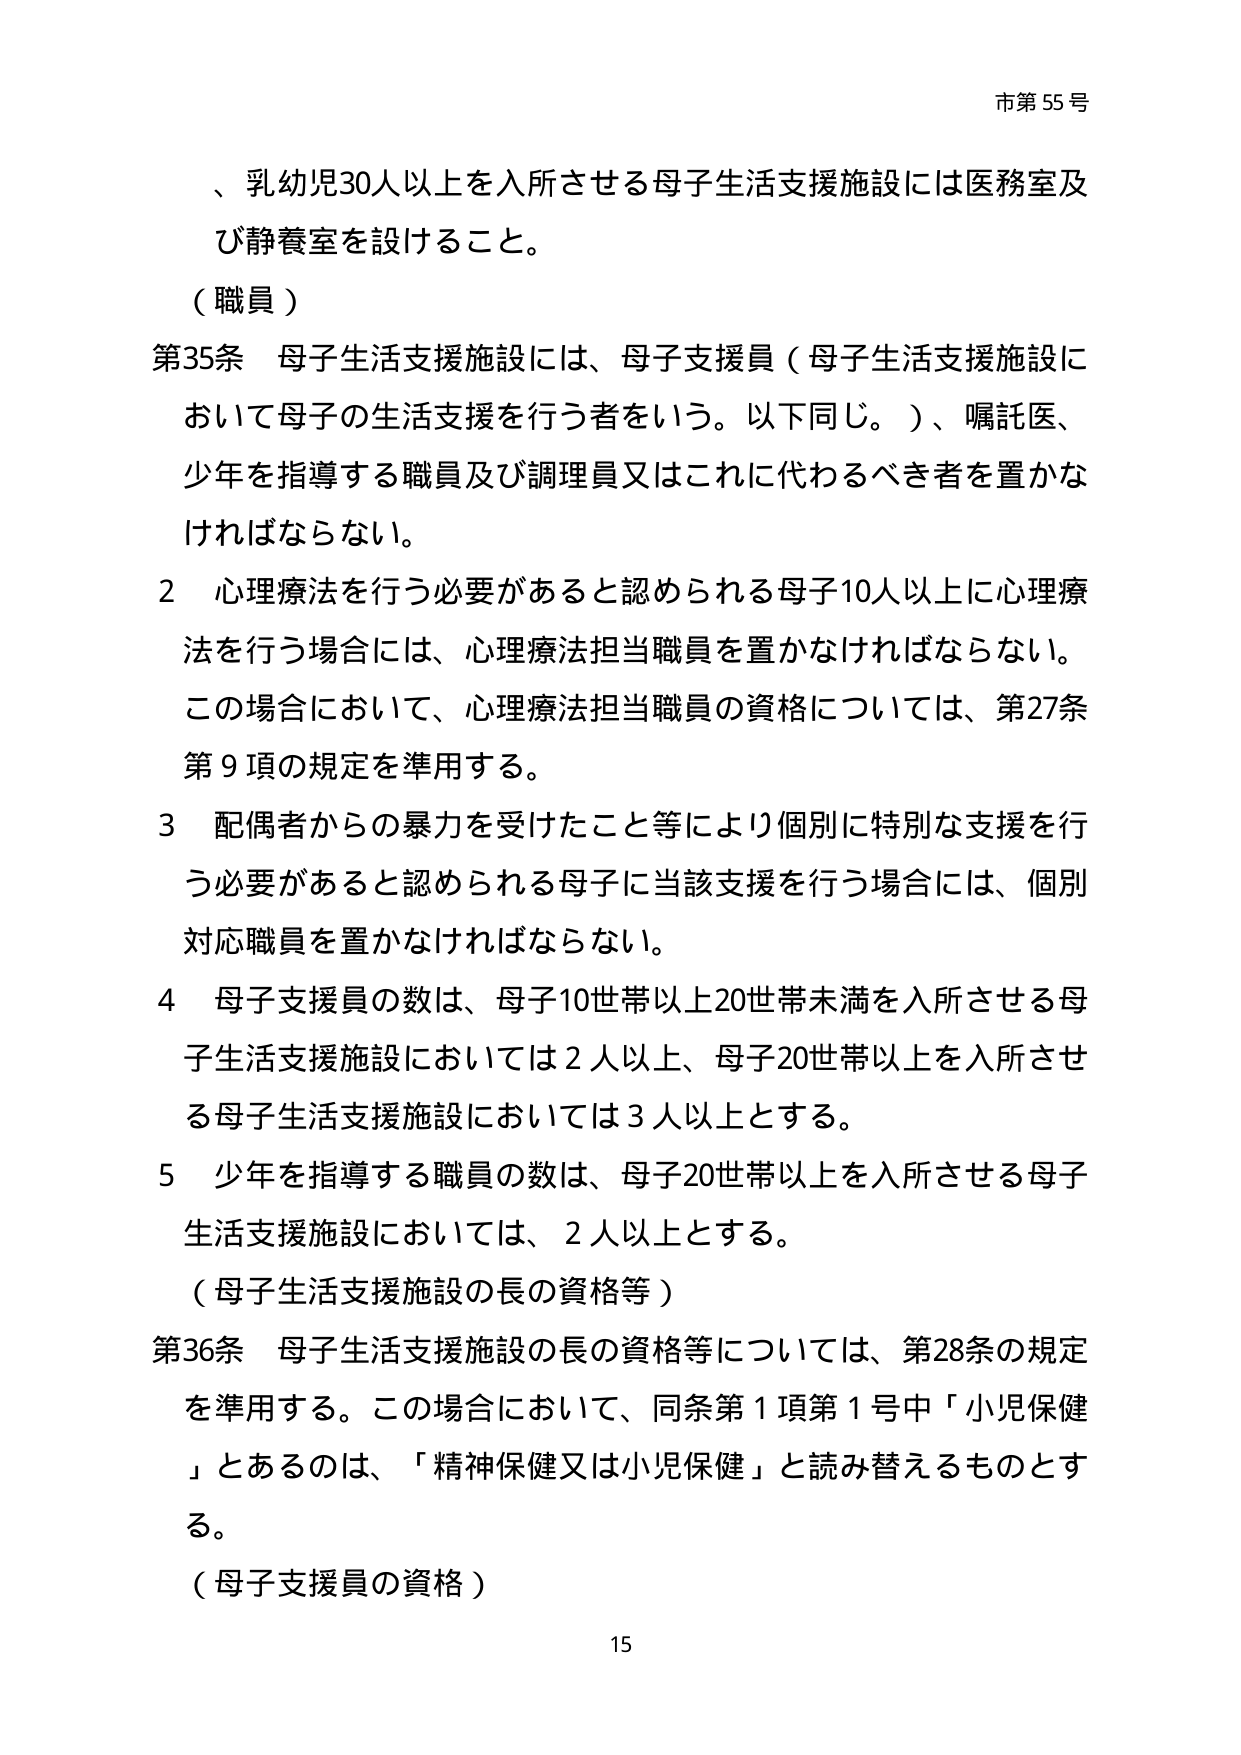
市第55号

、乳幼児30人以上を入所させる母子生活支援施設には医務室及び静養室を設けること。

（職員）

第35条 母子生活支援施設には、母子支援員（母子生活支援施設において母子の生活支援を行う者をいう。以下同じ。）、嘱託医、少年を指導する職員及び調理員又はこれに代わるべき者を置かなければならない。

2 心理療法を行う必要があると認められる母子10人以上に心理療法を行う場合には、心理療法担当職員を置かなければならない。この場合において、心理療法担当職員の資格については、第27条第9項の規定を準用する。

3 配偶者からの暴力を受けたこと等により個別に特別な支援を行う必要があると認められる母子に当該支援を行う場合には、個別対応職員を置かなければならない。

4 母子支援員の数は、母子10世帯以上20世帯未満を入所させる母子生活支援施設においては2人以上、母子20世帯以上を入所させる母子生活支援施設においては3人以上とする。

5 少年を指導する職員の数は、母子20世帯以上を入所させる母子生活支援施設においては、2人以上とする。

（母子生活支援施設の長の資格等）

第36条 母子生活支援施設の長の資格等については、第28条の規定を準用する。この場合において、同条第1項第1号中「小児保健」とあるのは、「精神保健又は小児保健」と読み替えるものとする。

（母子支援員の資格）

15